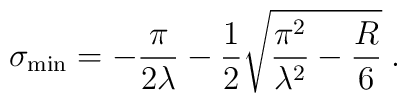
\sigma_{\rm min} = - \frac{\pi}{2 \lambda} - \frac{1}{2}\sqrt{\frac{\pi^2}{\lambda^2} - \frac{R}{6}}\;.